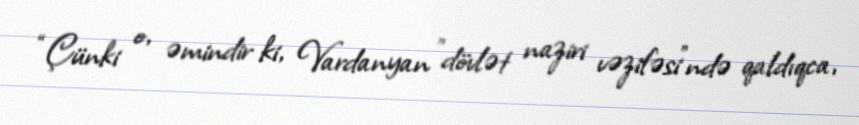
“Çünki o, əmindir ki, Vardanyan "dövlət naziri vəzifəsi"ndə qaldıqca,